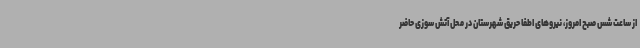
از ساعت شس صبح امروز، نیروهای اطفا حریق شهرستان در محل آتش سوزی حاضر